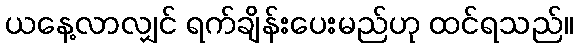
ယနေ့လာလျှင် ရက်ချိန်းပေးမည်ဟု ထင်ရသည်။